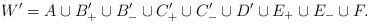
LaTeX: \begin{align*} W'=A\cup B_+'\cup B_-'\cup C_+'\cup C_-'\cup D'\cup E_+\cup E_-\cup F.\end{align*}